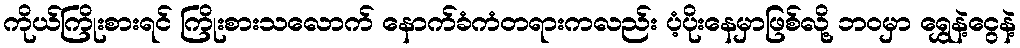
ကိုယ်ကြိုးစားရင် ကြိုးစားသလောက် နောက်ခံကံတရားကလည်း ပံ့ပိုးနေမှာဖြစ်လို့ ဘဝမှာ ရွှေနဲ့ငွေနဲ့